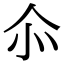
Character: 𠇍